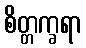
စိတ္တက္ခရာ